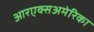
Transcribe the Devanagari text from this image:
आरएक्सअमेरिका